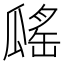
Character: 𤬔